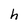
Character: h